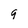
Character: g